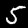
Digit: 5